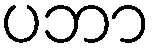
ပဘာ